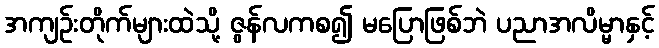
အကျဉ်းတိုက်များထဲသို့ ဇွန်လကစ၍ မပြောဖြစ်ဘဲ ပညာအလိမ္မာနှင့်